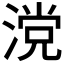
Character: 𣺼